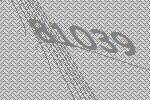
81039